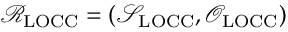
\mathcal { R } _ { \mathrm { L O C C } } = ( \mathcal { S } _ { \mathrm { L O C C } } , \mathcal { O } _ { \mathrm { L O C C } } )